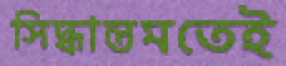
সিদ্ধান্তমতেই